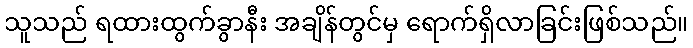
သူသည် ရထားထွက်ခွာနီး အချိန်တွင်မှ ရောက်ရှိလာခြင်းဖြစ်သည်။